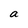
Character: a